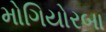
મોગિયોરબા